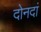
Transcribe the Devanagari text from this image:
दोनदां